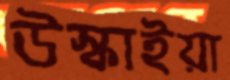
উস্‌কাইয়া